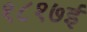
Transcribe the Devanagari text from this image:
१८१७ई